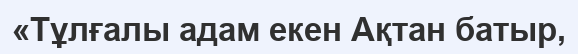
«Тұлғалы адам екен Ақтан батыр,